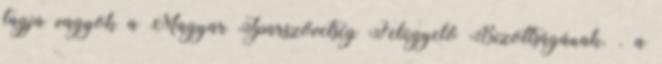
tagja vagyok a Magyar Iparszövetség Felügyelô Bizottságának. . a